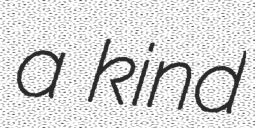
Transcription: a kind